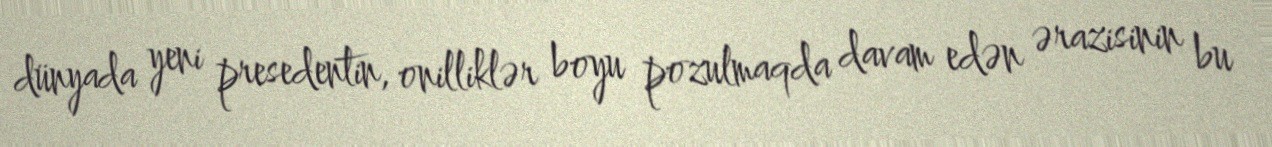
dünyada yeni presedentin, onilliklər boyu pozulmaqda davam edən ərazisinin bu